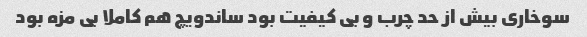
سوخاری بیش از حد چرب و بی کیفیت بود ساندویچ هم کاملا بی مزه بود